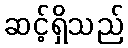
ဆင့်ရှိသည်